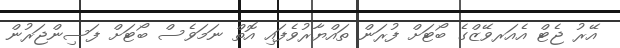
އޭރު ޖެޓް އެއަރވޭޒްގެ ބޯޓަށް ފުރަން ތައްޔާރުވެފައި އޮތް ނަމަވެސް ބޯޓަށް ފަސިންޖަރުން